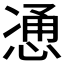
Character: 𫺩